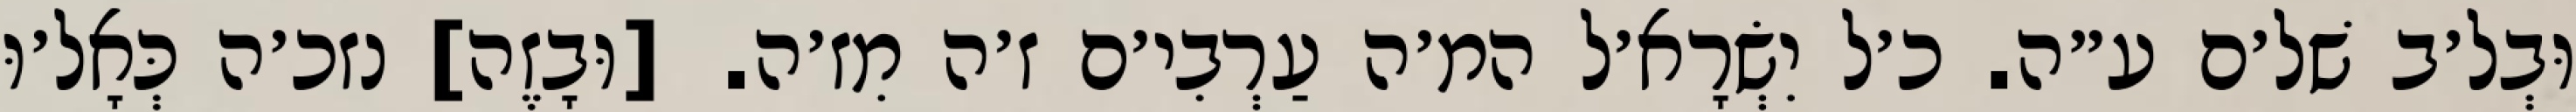
וּבְל׳ב שׁל׳ם ע״ה. כ׳ל יִשְׂרָא׳ל המ׳ה עַרְבִי׳ם ז׳ה מִז׳ה. [וּבָזֶה] נזכ׳ה כְּאָל׳וּ